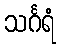
သင်္ဂရံ